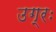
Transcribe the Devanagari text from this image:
उग्रः